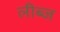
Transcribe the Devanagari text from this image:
लीब्ज